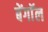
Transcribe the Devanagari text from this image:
बेंगाॅल